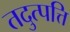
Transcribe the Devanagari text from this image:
तदुत्पत्ति